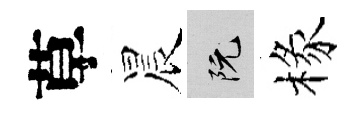
草晨阮椽